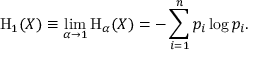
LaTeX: \mathrm { H } _ { 1 } ( X ) \equiv \operatorname* { l i m } _ { \alpha \to 1 } \mathrm { H } _ { \alpha } ( X ) = - \sum _ { i = 1 } ^ { n } p _ { i } \log p _ { i } .